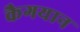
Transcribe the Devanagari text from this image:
कैगयान